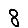
Digit: 8